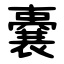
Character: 嚢